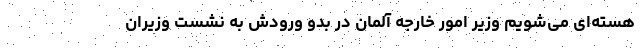
هسته‌ای می‌شویم وزیر امور خارجه آلمان در بدو ورودش به نشست وزیران